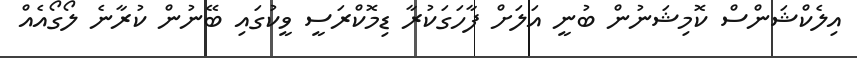
އިލެކްޝަންސް ކޮމިޝަނުން ބުނީ އަލަށް ފާހަގަކުރާ ޑިމޮކްރަސީ ވީކުގައި ބޭނުން ކުރާނެ ލޯގޯއެއް